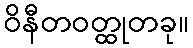
ဝိနီတဝတ္ထုတခု။